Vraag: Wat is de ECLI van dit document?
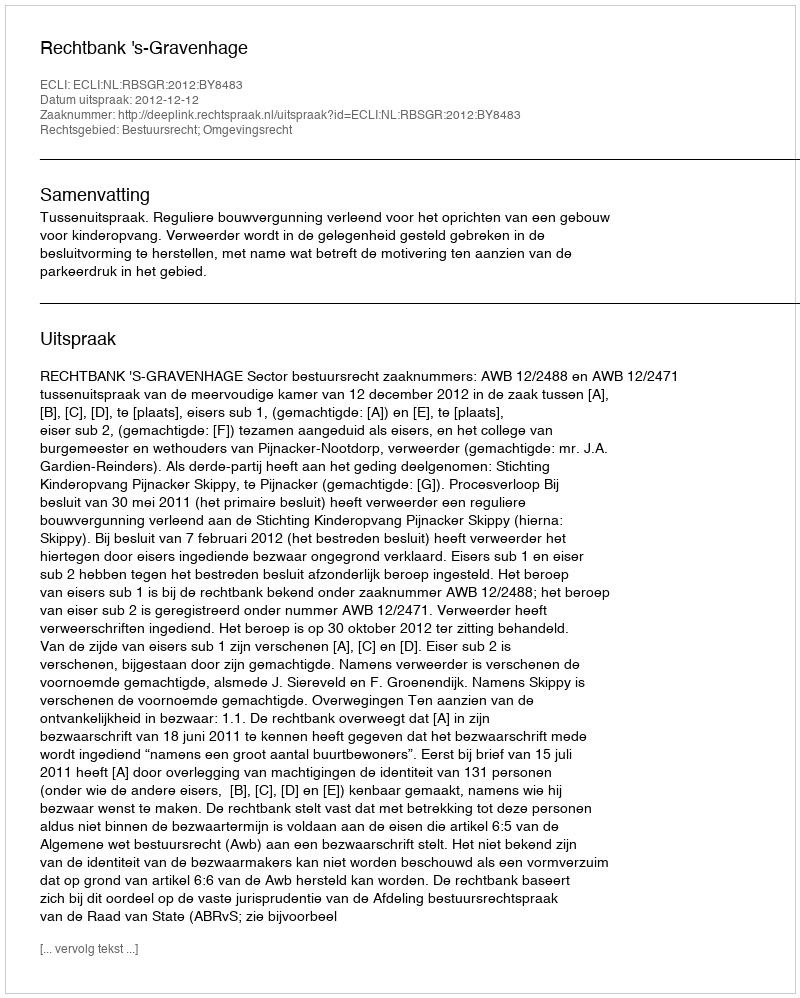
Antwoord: ECLI:NL:RBSGR:2012:BY8483